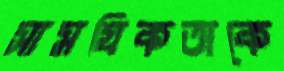
সামগ্রিকতাকে